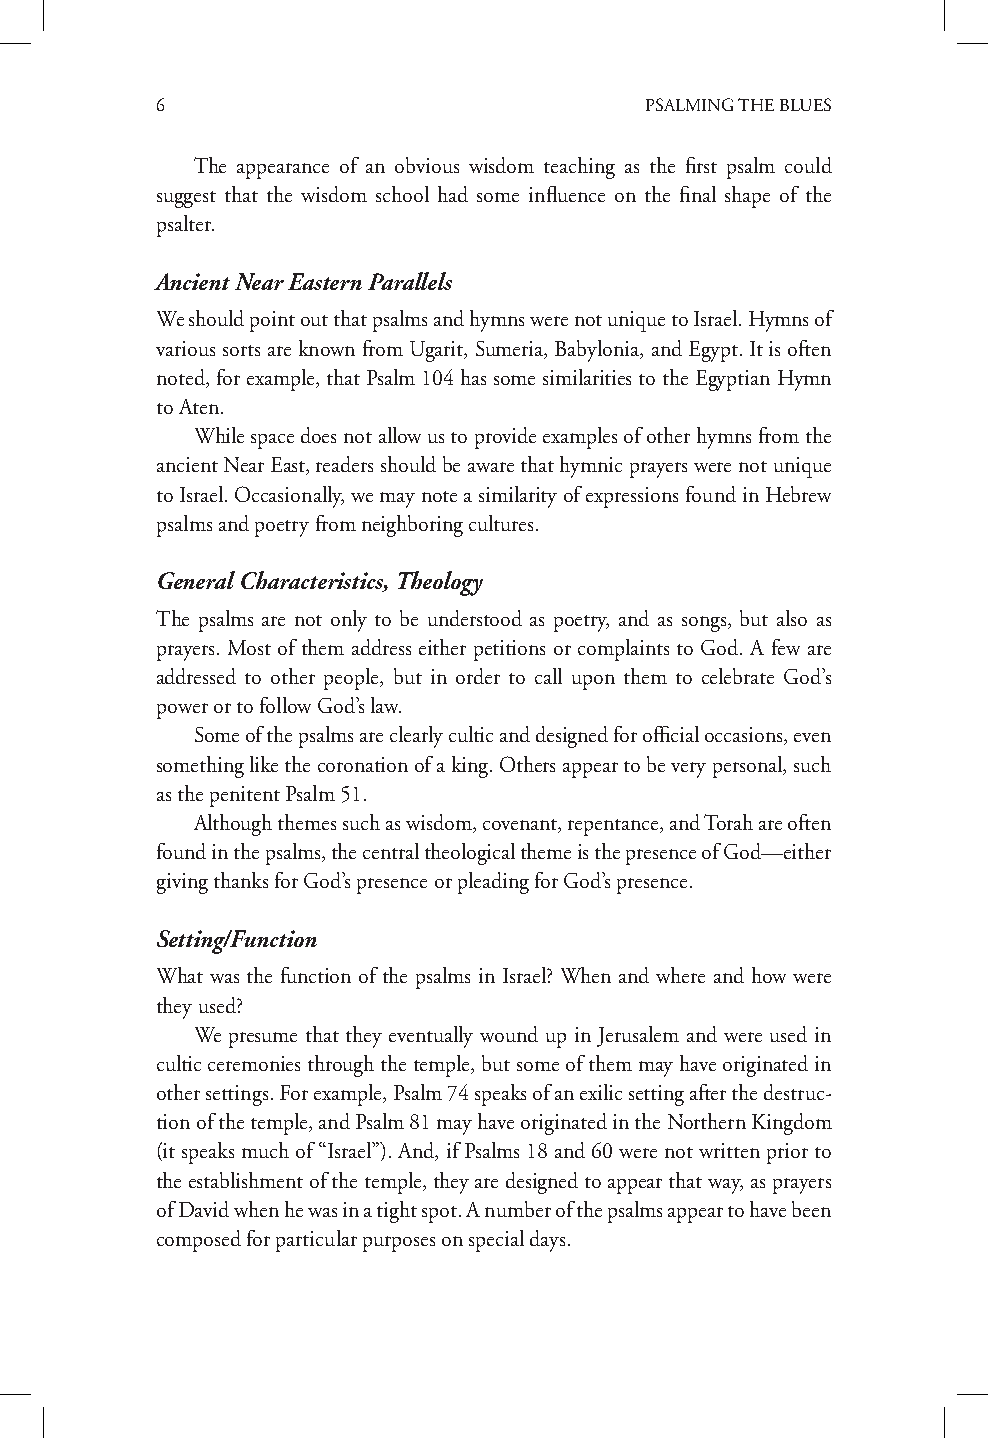
6                                PSALMING THE BLUES
 The appearance of an obvious wisdom teaching as the first psalm could
 suggest that the wisdom school had some influence on the final shape of the
 psalter.
 Ancient Near Eastern Parallels
 We should point out that psalms and hymns were not unique to Israel. Hymns of
 various sorts are known from Ugarit, Sumeria, Babylonia, and Egypt. It is often
 noted, for example, that Psalm 104 has some similarities to the Egyptian Hymn
 to Aten.
 While space does not allow us to provide examples of other hymns from the
 ancient Near East, readers should be aware that hymnic prayers were not unique
 to Israel. Occasionally, we may note a similarity of expressions found in Hebrew
 psalms and poetry from neighboring cultures.
 General Characteristics, Theology
 The psalms are not only to be understood as poetry, and as songs, but also as
 prayers. Most of them address either petitions or complaints to God. A few are
 addressed to other people, but in order to call upon them to celebrate God’s
 power or to follow God’s law.
 Some of the psalms are clearly cultic and designed for official occasions, even
 something like the coronation of a king. Others appear to be very personal, such
 as the penitent Psalm 51.
 Although themes such as wisdom, covenant, repentance, and Torah are often
 found in the psalms, the central theological theme is the presence of God—either
 giving thanks for God’s presence or pleading for God’s presence.
 Setting/Function
 What was the function of the psalms in Israel? When and where and how were
 they used?
 We presume that they eventually wound up in Jerusalem and were used in
 cultic ceremonies through the temple, but some of them may have originated in
 other settings. For example, Psalm 74 speaks of an exilic setting after the destruc-
 tion of the temple, and Psalm 81 may have originated in the Northern Kingdom
 (it speaks much of “Israel”). And, if Psalms 18 and 60 were not written prior to
 the establishment of the temple, they are designed to appear that way, as prayers
 of David when he was in a tight spot. A number of the psalms appear to have been
 composed for particular purposes on special days.